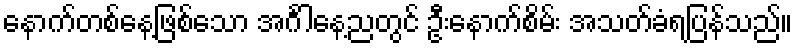
နောက်တစ်နေ့ဖြစ်သော အင်္ဂါနေ့ညတွင် ဦးနောက်စိမ်း အသတ်ခံရပြန်သည်။